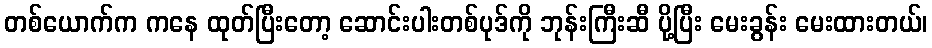
တစ်ယောက်က ကနေ ထုတ်ပြီးတော့ ဆောင်းပါးတစ်ပုဒ်ကို ဘုန်းကြီးဆီ ပို့ပြီး မေးခွန်း မေးထားတယ်၊